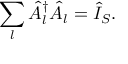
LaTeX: \sum _ { l } { \hat { A } } _ { l } ^ { \dagger } { \hat { A } } _ { l } = { \hat { I } } _ { S } .